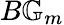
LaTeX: B\mathbb{G}_{m}